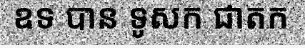
ឧទ បាន ទូសក ជាតក